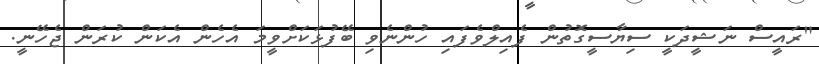
"ރައީސް ނަޝީދަކީ ސިޔާސީގޮތުން ފެއިލްވެފައި ހުންނެވި ބޭފުޅަކަށްވީމަ އެހެން އެކަން ކުރަން ޖެހޭނީ.